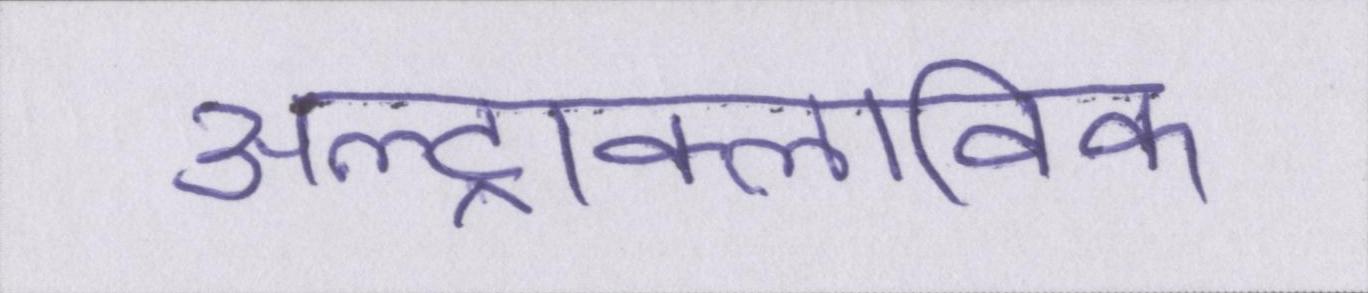
अल्ट्राक्लाविक